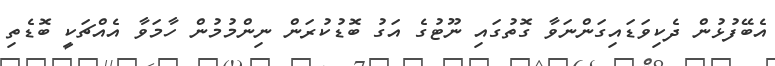
އެބޭފުޅުން ދެކިވަޑައިގަންނަވާ ގޮތުގައި ނޫޓުގެ އަގު ބޮޑުކުރަން ނިންމުމުން ހާމަވާ އެއްޗަކީ ބޮޑެތި